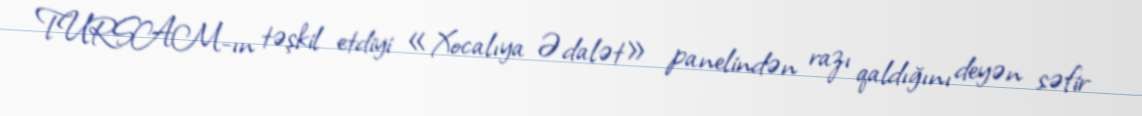
TURSAM-ın təşkil etdiyi «Xocalıya Ədalət» panelindən razı qaldığını deyən səfir